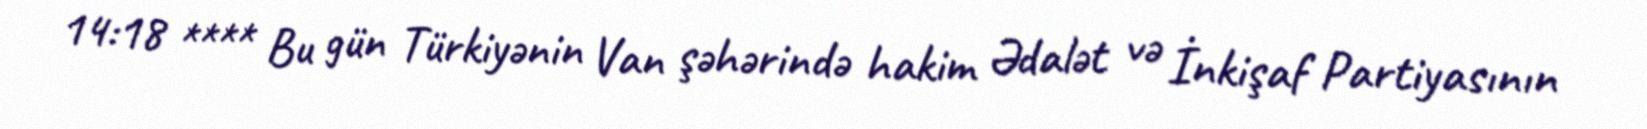
14:18 **** Bu gün Türkiyənin Van şəhərində hakim Ədalət və İnkişaf Partiyasının